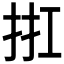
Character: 𢬀